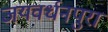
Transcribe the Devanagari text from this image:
जयवर्धनपुरा